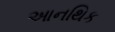
આનથિક